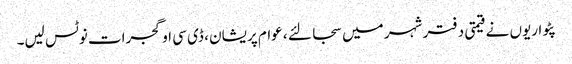
پٹواریوں نے قیمتی دفتر شہر میں سجا لئے ، عوام پریشان ، ڈی سی او گجرات نوٹس لیں۔